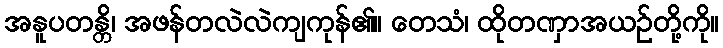
အနူပတန္တိ၊ အဖန်တလဲလဲကျကုန်၏။ တေသံ၊ ထိုတဏှာအယဉ်တို့ကို။